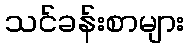
သင်ခန်းစာများ